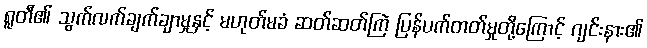
ရူတီ၏ သွက်လက်ချက်ချာမှုနှင့် မဟုတ်မခံ ဆတ်ဆတ်ကြဲ ပြန်ပက်တတ်မှုတို့ကြောင့် ဂျင်းနား၏